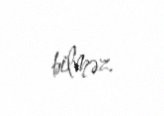
bilməz.